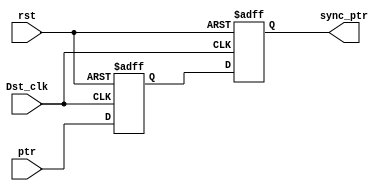
module synchronizer (
    input wire  Dst_clk,
    input wire  rst,
    input wire [4:0] ptr,
    output reg [4:0] sync_ptr
);

reg [4:0] ff;


always @(posedge Dst_clk or negedge rst) 
    begin
        if (!rst) 
            begin
                {sync_ptr,ff}<=0;
            end
        else
            begin
                {sync_ptr,ff}<={ff,ptr};
            end           
    end
    
endmodule